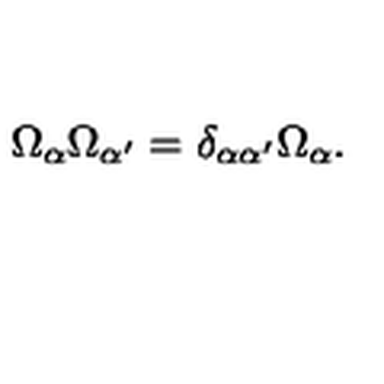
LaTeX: \Omega _ { \alpha } \Omega _ { \alpha ^ { \prime } } = \delta _ { \alpha \alpha ^ { \prime } } \Omega _ { \alpha } .